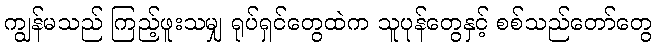
ကျွန်မသည် ကြည့်ဖူးသမျှ ရုပ်ရှင်တွေထဲက သူပုန်တွေနှင့် စစ်သည်တော်တွေ